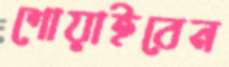
শোয়াইবেন